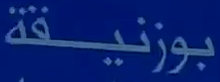
بوزنيقة